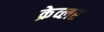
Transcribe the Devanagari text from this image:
क्रेव्लर